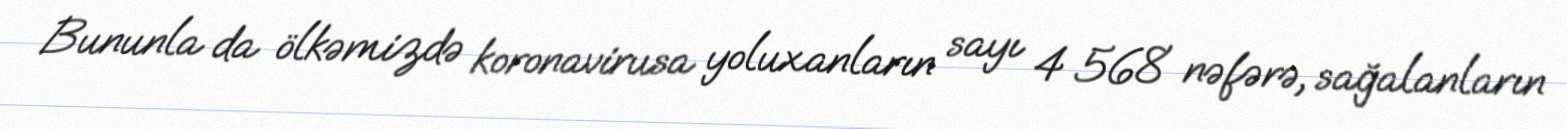
Bununla da ölkəmizdə koronavirusa yoluxanların sayı 4 568 nəfərə, sağalanların